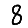
Digit: 8